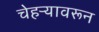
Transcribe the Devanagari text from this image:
चेहऱ्यावरून